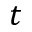
t